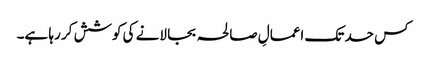
کس حد تک اعمالِ صالحہ بجا لانے کی کوشش کر رہا ہے۔